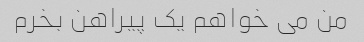
من می خواهم یک پیراهن بخرم